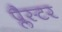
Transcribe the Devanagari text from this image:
प्लैस्टर